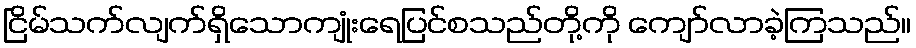
ငြိမ်သက်လျက်ရှိသောကျုံးရေပြင်စသည်တို့ကို ကျော်လာခဲ့ကြသည်။